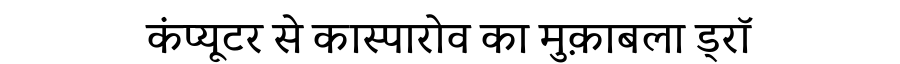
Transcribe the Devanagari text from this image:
कंप्यूटर से कास्पारोव का मुक़ाबला ड्रॉ